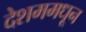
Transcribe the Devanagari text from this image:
देशममधून